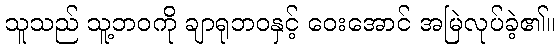
သူသည် သူ့ဘဝကို ချာရုဘဝနှင့် ဝေးအောင် အမြဲလုပ်ခဲ့၏။